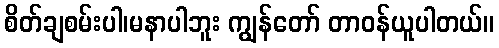
စိတ်ချစမ်းပါ၊မနာပါဘူး ကျွန်တော် တာဝန်ယူပါတယ်။